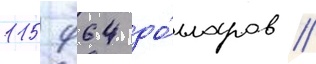
115 964 до́лларов //